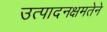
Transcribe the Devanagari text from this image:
उत्पादनक्षमतेने